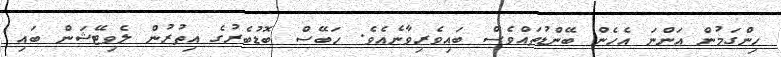
ހިންގަމުން އަންނަ އެހެން ބޭންޑުތައްވެސް ބައިވެރިވާނެއެވެ. ހަބޭސް ބޮޑުބެރުގެ އިތުރުން ލެވިޓޭޝަން ބައި